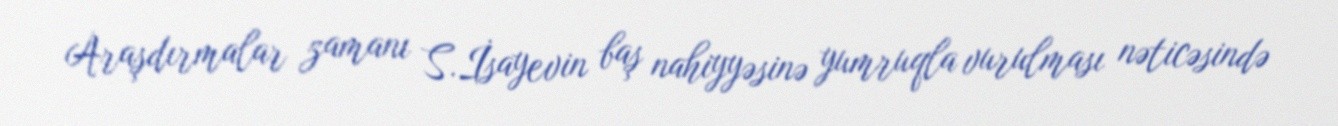
Araşdırmalar zamanı S.İsayevin baş nahiyyəsinə yumruqla vurulması nəticəsində